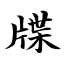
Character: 牒